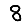
Digit: 8